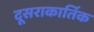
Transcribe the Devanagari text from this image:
दूसराकार्तिक